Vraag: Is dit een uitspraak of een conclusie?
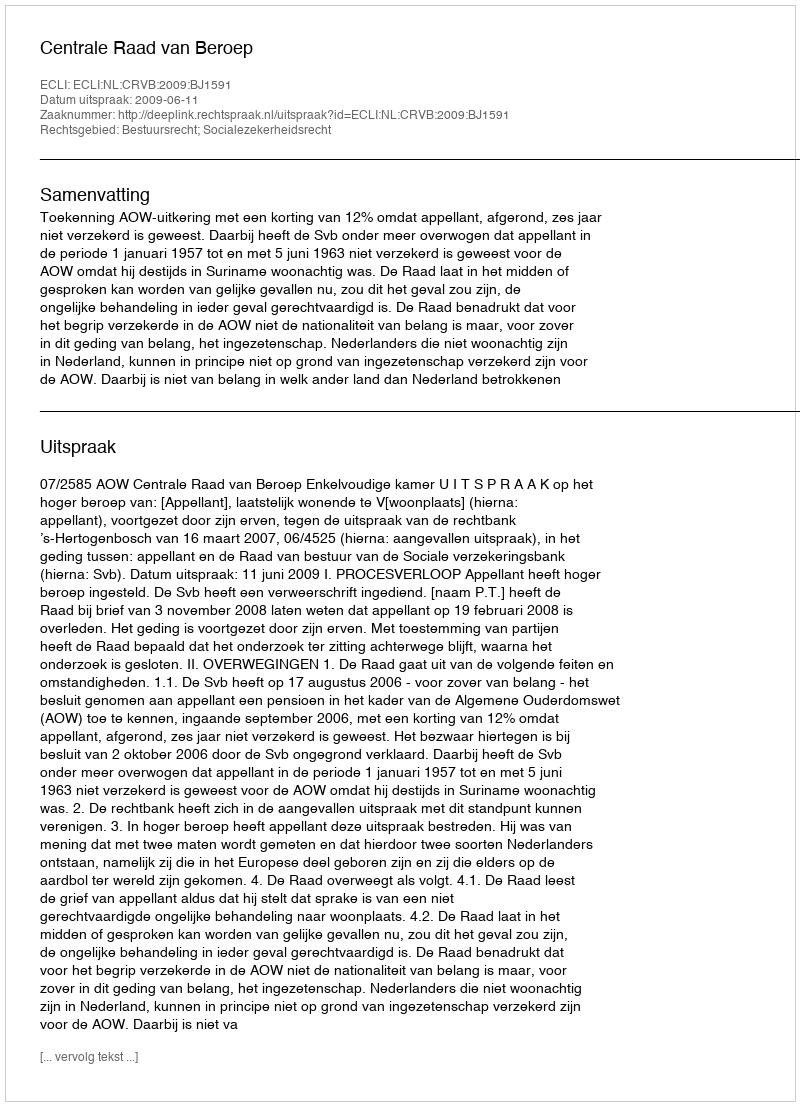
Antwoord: Uitspraak